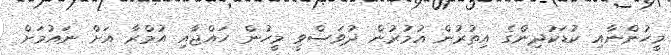
މީހުންނާއި ކުޑަކުދިންގެ އިތުރުން އުމުރުން ދުވަސްވީ މީހުން ހައްޖާއި އުމްރާ އަށް ނައުމަށް